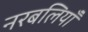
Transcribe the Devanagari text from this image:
नरबलियाँ